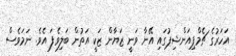
އަހަރުގެ ޗެމްޕިއަންޝިޕުގައި އޭނާ ވަނީ ޒަޔާން ޒަކީ އަތުން ބަލިވެފަ އެވެ. ނަމަވެސް